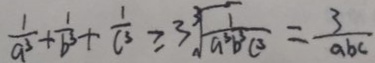
\frac { 1 } { a ^ { 3 } } + \frac { 1 } { b ^ { 3 } } + \frac { 1 } { c ^ { 3 } } \geq 3 \sqrt [ 3 ] { \frac { 1 } { a ^ { 3 } b ^ { 3 } c ^ { 3 } } } = \frac { 3 } { a b c }